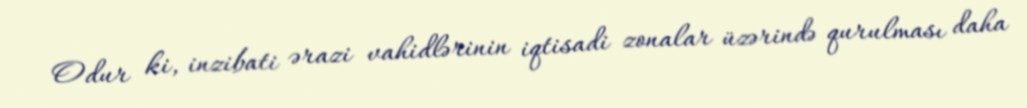
Odur ki, inzibati ərazi vahidlərinin iqtisadi zonalar üzərində qurulması daha